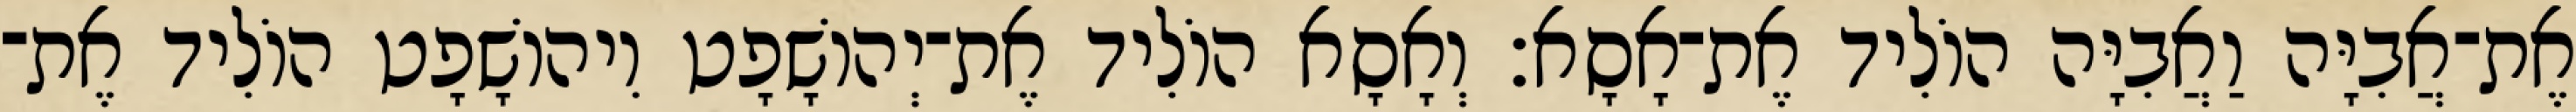
אֶת־אֲבִיָּה וַאֲבִיָּה הוֹלִיד אֶת־אָסָא׃ וְאָסָא הוֹלִיד אֶת־יְהוֹשָׁפָט וִיהוֹשָׁפָט הוֹלִיד אֶת־